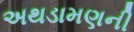
અથડામણની